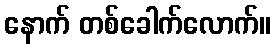
နောက် တစ်ခေါက်လောက်။